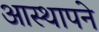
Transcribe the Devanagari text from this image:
आस्थापने